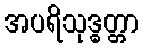
အပရိသုဒ္ဓတ္တာ